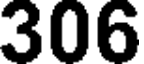
306